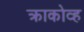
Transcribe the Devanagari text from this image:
क्राकोव्ह